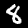
Digit: 8